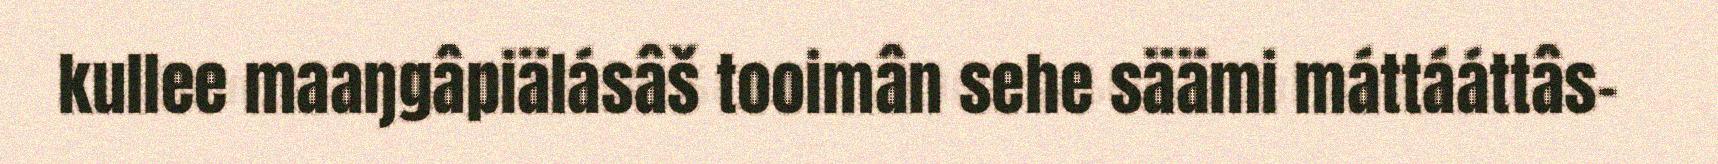
kullee maaŋgâpiälásâš tooimân sehe säämi máttááttâs-